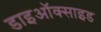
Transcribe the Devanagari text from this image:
डाइऑक्‍साइड